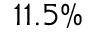
1 1 . 5 \%